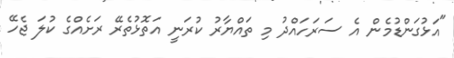
"އަޅުގަންޑުމެން އެ ސަރަހައްދު މި ތައްޔާރު ކުރަނީ އަތޮޅުތެރޭ ރަށެއްގެ ކުލަ ޖެހޭ